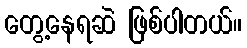
တွေ့နေရဆဲ ဖြစ်ပါတယ်။